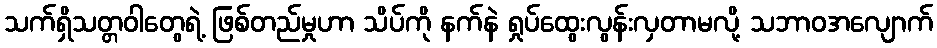
သက်ရှိသတ္တဝါတွေရဲ့ ဖြစ်တည်မှုဟာ သိပ်ကို နက်နဲ ရှုပ်ထွေးလွန်းလှတာမလို့ သဘာဝအလျောက်